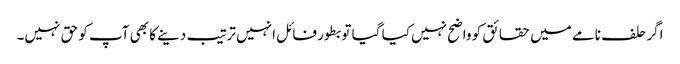
اگر حلف نامے میں حقائق کو واضح نہیں کیا گیا تو بطور فائل انہیں ترتیب دینے کا بھی آپ کو حق نہیں۔